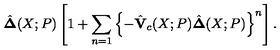
\hat { \bf \Delta } ( X ; P ) \left[ 1 + \sum _ { n = 1 } \left\{ - \hat { \bf V } _ { c } ( X ; P ) \hat { \bf \Delta } ( X ; P ) \right\} ^ { n } \right] .